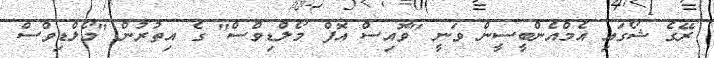
ރޭގެ ޝޯގައި އެމްއެންބީސީން ވަނީ "ވޮއިސް އޮފް މޯލްޑިވްސް" ގެ އިތުރުން "މޯލްޑިވްސް